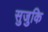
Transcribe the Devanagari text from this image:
सुजुकि